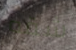
شقه